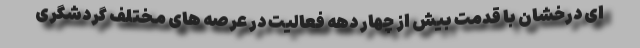
ای درخشان با قدمت بيش از چهار دهه فعالیت در عرصه های مختلف گردشگری